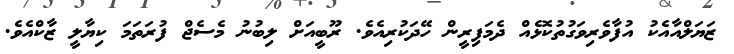
ޒަޔަލްއާއެކު އުފާވެރިވަގުތުކޮޅެއް ދެމަފިރީން ހޭދަކުރިއެވެ. ރޫބީއަށް ލިބުނު މެސެޖް ފުރަތަމަ ކިޔާލީ ޒާކްއެވެ.